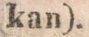
kan).